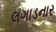
લગાડનાર